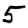
Digit: 5